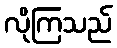
လိုကြသည်